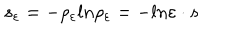
s _ { \varepsilon } = - \rho _ { \varepsilon } l n \rho _ { \varepsilon } = - l n \varepsilon \cdot s